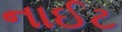
નાઈટ